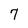
Character: 7